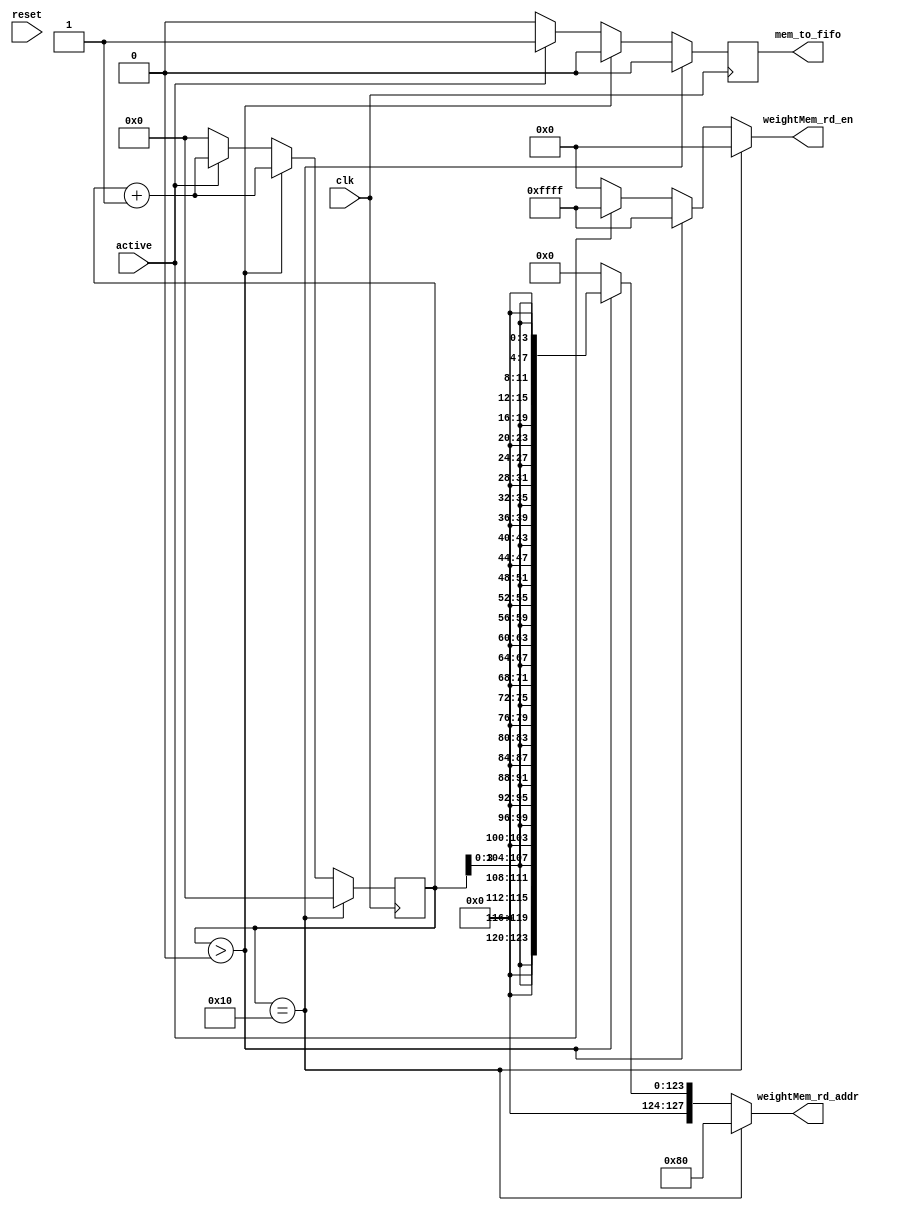
module fifo_fill_control (
    clk,
    reset,
    active,
    mem_to_fifo,
    weightMem_rd_addr,
    weightMem_rd_en
);

    parameter WIDTH_HEIGHT = 16;

    input clk;
    input reset;
    input active;
    output mem_to_fifo;
    output reg [(WIDTH_HEIGHT*8)-1:0] weightMem_rd_addr;
    output reg [WIDTH_HEIGHT-1:0] weightMem_rd_en;
    reg mem_to_fifo;
    reg mem_to_fifo_c;
    reg [4:0] count;
    reg [4:0] count_c;


    always @(*) begin
        mem_to_fifo_c = 1'b0;
        count_c = 5'h00;
        weightMem_rd_addr = 128'h0000_0000_0000_0000_0000_0000_0000_0000;
        weightMem_rd_en = 16'h0000;
        if (reset) begin
            count_c = 5'h00;
            weightMem_rd_addr = 128'h0000_0000_0000_0000_0000_0000_0000_0000;
            weightMem_rd_en = 16'h0000;
            mem_to_fifo_c = 1'b0;
        end // if (reset)

        if (active) begin
            count_c = count + 1'b1;
            weightMem_rd_en = 16'hFFFF;
            mem_to_fifo_c = 1'b1;
        end // if (active)

        if (count > 5'h00) begin
            count_c = count + 1'b1;
            weightMem_rd_en = 16'hFFFF;
            weightMem_rd_addr = {16{4'h0, count[3:0]}};
            mem_to_fifo_c = 1'b0;
        end

        if (count == 5'h10) begin
            count_c = 1'b0;
            weightMem_rd_en = 16'h0000;
            weightMem_rd_addr = 128;
            mem_to_fifo_c = 1'b0;
        end
    end

    always @(posedge clk) begin
        count <= count_c;
        mem_to_fifo <= mem_to_fifo_c;
    end // always @(posedge clk)

endmodule